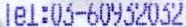
TEL:03-60932032